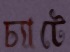
চ্যাটে